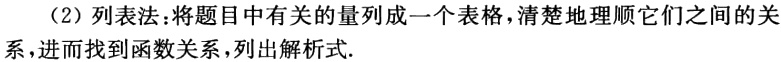
（2）列表法：将题目中有关的量列成一个表格，清楚地理顺它们之间的关系，进而找到函数关系，列出解析式.